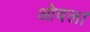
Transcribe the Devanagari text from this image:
ओवल।